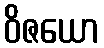
ဝိဇယော